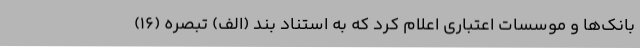
بانک‌ها و موسسات اعتباری اعلام کرد که به استناد بند (الف) تبصره (۱۶)